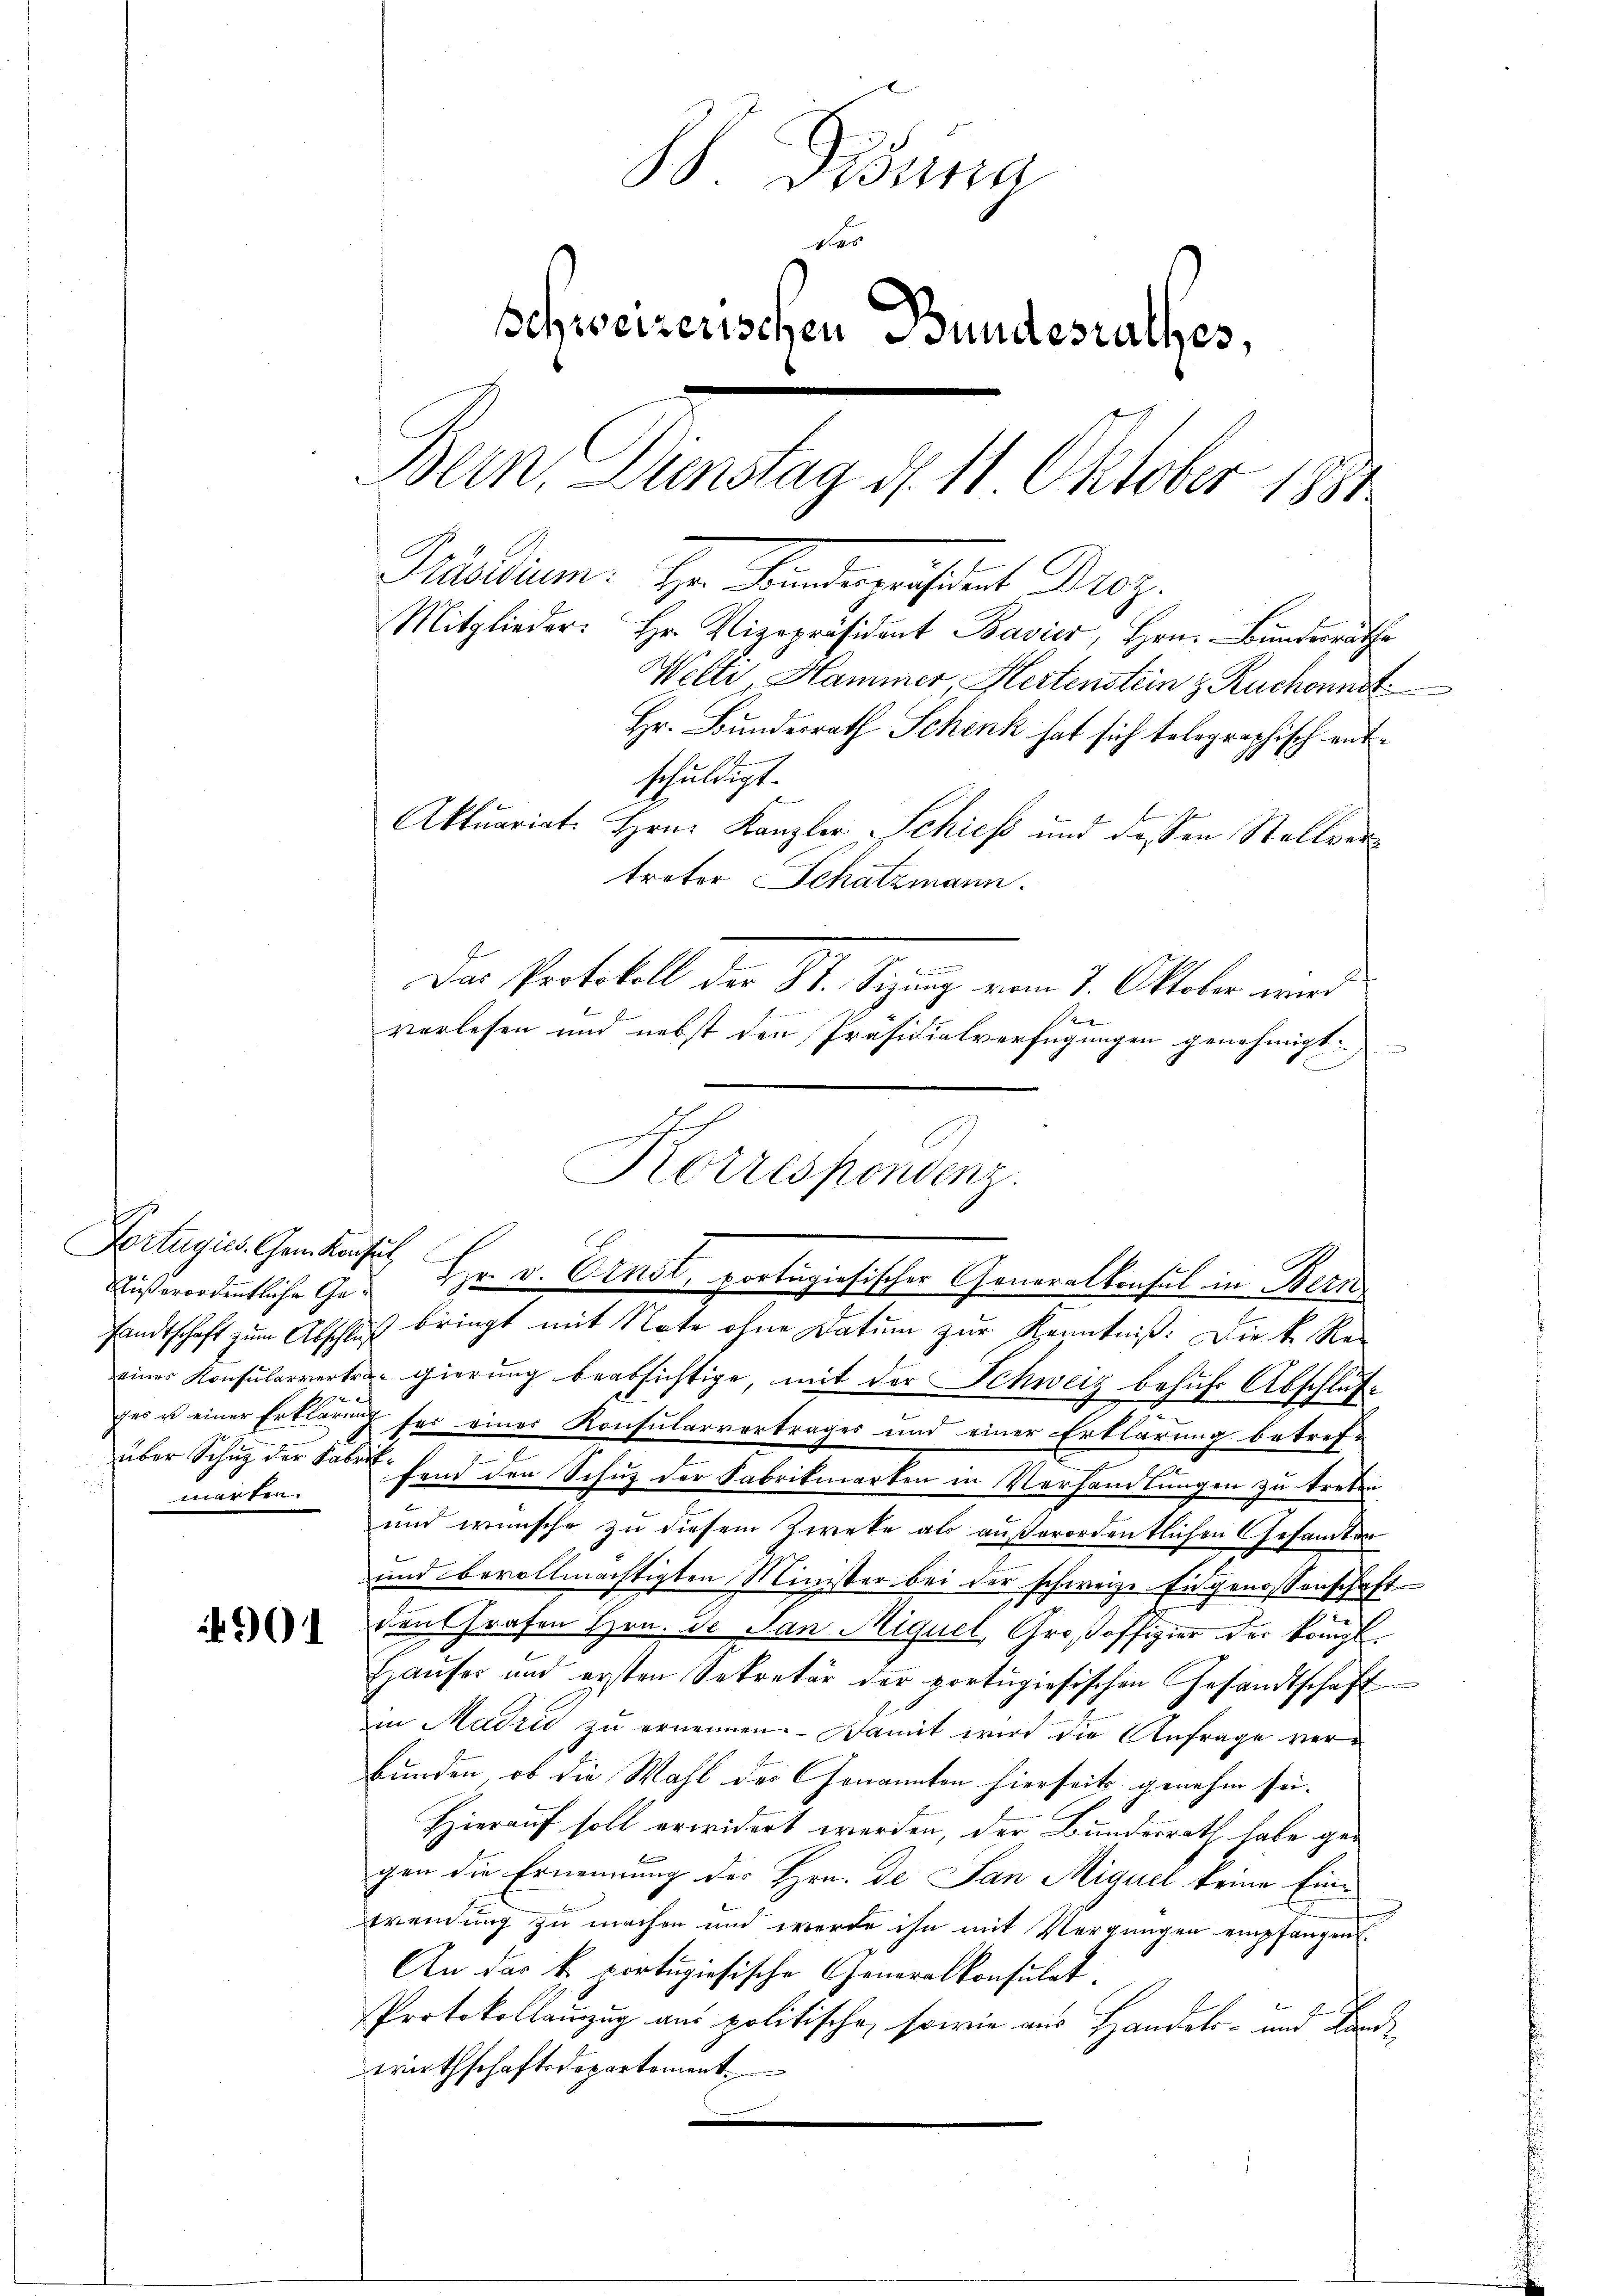
Fortugies. Gem Konsul
Außerordentliche Gewarten.

4901

B. Bisung
der
schweizenschen Bundesrathes,
Bern, Dienstag d. 11. Oktober 1881
Städten. Ihr Kindergeisten Mez.
Mitglieder: Hr. Vizepräsident Bavier, Hrn. Bundesräthe
Welte Hammer, Hertenstein z Ruchenmit
Hr. Bundesrath Schenk hat sich telegraphisch auf
schuldigt.
l

Aktuariat Hrn. Kanzler Schieß und dessen Stellvertreter Schatzmann.
Das Protokoll der St. Sizung vom 7. Oktober wird
verlesen und nebst den Präsidialverfügungen genehmigt.
sandtschaft zum Abschluß bringt mit Note ohne Datum zur Kenntniß: Die k. Re-
einer Konsularvertregierung beabsichtige, mit der Schweiz behufs Abschlußges u einer Erklärung her einer Konsularvertrages und einer Erklärung betref¬
.
über Schug der Faber Hand den Schuz der Fabrikmarken in Verhandlungen zu treten
und wünsche zu diesem Zweke als außerordentlichen Gesandten
und bevollmächtigten Minister bei der schweize Eidgenossenschaft-
den Grafen Hrn. Je San Miquel, Großoffizier der königl.
Haŭser und ersten Sekretär der portugisischen Gesandtschaft
in Madrić zu ernennen. Damit wird die Anfrage verbunden, ob die Wahl der Genannten hierseits genehm sei.
Hierauf soll erwidert werden, der Bundesrath habe gegen die Ernennung des Hrn. De San Miguel keine Einwrendung zu machen und werde ihn mit Vergnügen empfangen.
An das k. portugisische Generalkonsulat
Protokollauszug aus politische, sowie aus Handels- und Lande,
wirthschaftsdepartement.

Korrespondenz.
Hr. v. Ernst, portigiosischer Generalkonsul in Bern